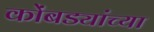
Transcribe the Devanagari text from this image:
कोंबड्यांच्या